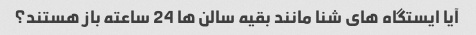
آیا ایستگاه های شنا مانند بقیه سالن ها 24 ساعته باز هستند؟